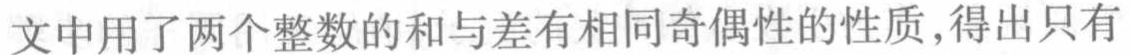
文中用了两个整数的和与差有相同奇偶性的性质,得出只有